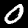
Digit: 0